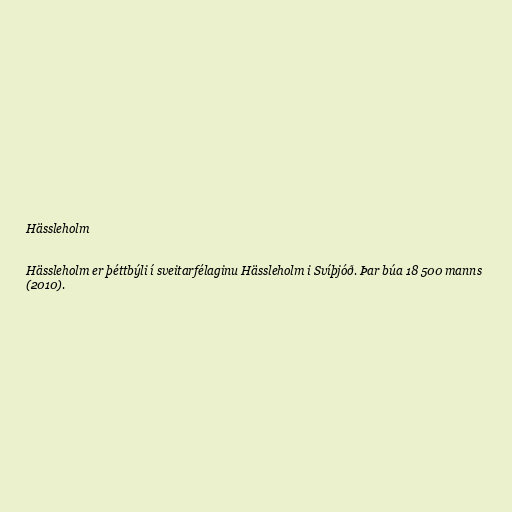
Hässleholm

Hässleholm er þéttbýli í sveitarfélaginu Hässleholm i Svíþjóð. Þar búa 18 500 manns
(2010).